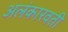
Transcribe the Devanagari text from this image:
अलंकारवती